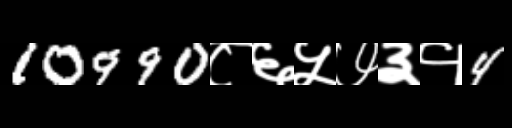
Text: 10990८६५७३१4